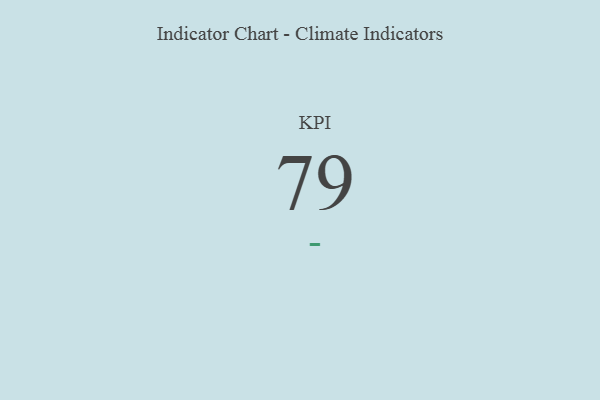
{"axis": {"x": "KPI", "y": "Value"}, "legend": [""], "data": [{"x": "KPI", "y": 79, "type": ""}]}